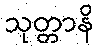
သုတ္တာနိ